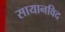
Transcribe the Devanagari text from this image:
सायानविद